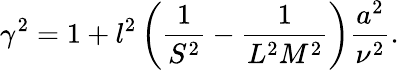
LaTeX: \gamma^{2}=1+l^{2}\left(\frac{1}{S^{2}}-\frac{1}{L^{2}M^{2}}\right)\frac{a^{2}}{\nu^{2}}.